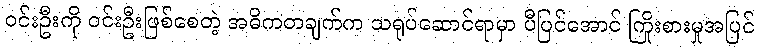
ဝင်းဦးကို ဝင်းဦးဖြစ်စေတဲ့ အဓိကတချက်က သရုပ်ဆောင်ရာမှာ ပီပြင်အောင် ကြိုးစားမှုအပြင်